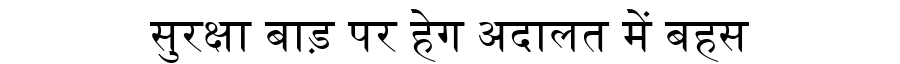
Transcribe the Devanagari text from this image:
सुरक्षा बाड़ पर हेग अदालत में बहस